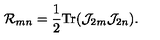
{ \cal R } _ { m n } = \frac { 1 } { 2 } \mathrm { T r } ( { \cal J } _ { 2 m } { \cal J } _ { 2 n } ) .